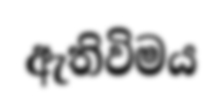
ඇතිවිමය